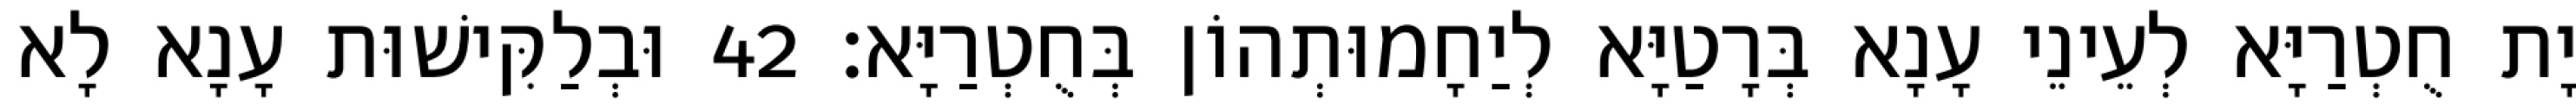
יָת חֻטְרַיָּא לְעֵינֵי עָנָא בְּרָטַיָּא לְיַחָמוּתְהוֹן בְּחֻטְרַיָּא׃ 42 וּבְלַקִּישׁוּת עָנָא לָא